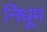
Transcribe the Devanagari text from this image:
निधूम